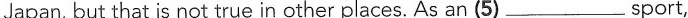
Japan, but that is not true in other places. As an (5)___sport,